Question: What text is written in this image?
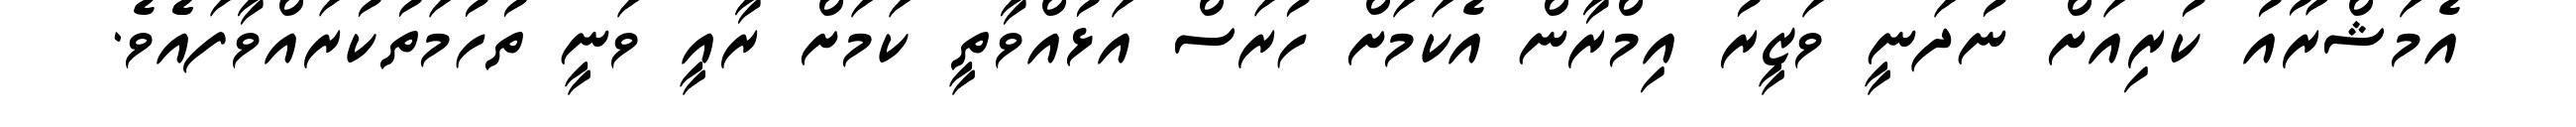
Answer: އެމަޝްރޫއު ކުރިއަށް ނުދަނީ ވަޒީރު އިމްރާން އެކަމަށް ހުރަސް އަޅުއްވާތީ ކަމަށް ރާއީ ވަނީ ތުހުމަތުކުރައްވާފައެެވެ.